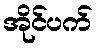
အိုင်ပက်